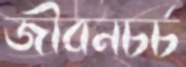
জীবনচর্চ